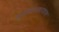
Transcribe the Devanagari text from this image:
कानिफनाथगडावर